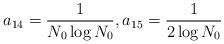
LaTeX: \begin{align*}a_{14} = \frac{1}{N_0 \log N_0}, a_{15} = \frac{1}{2\log N_0}\end{align*}